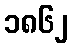
၁၈၆၂